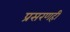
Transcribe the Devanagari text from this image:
प्रसरणही